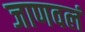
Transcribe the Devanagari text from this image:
जाणवलं